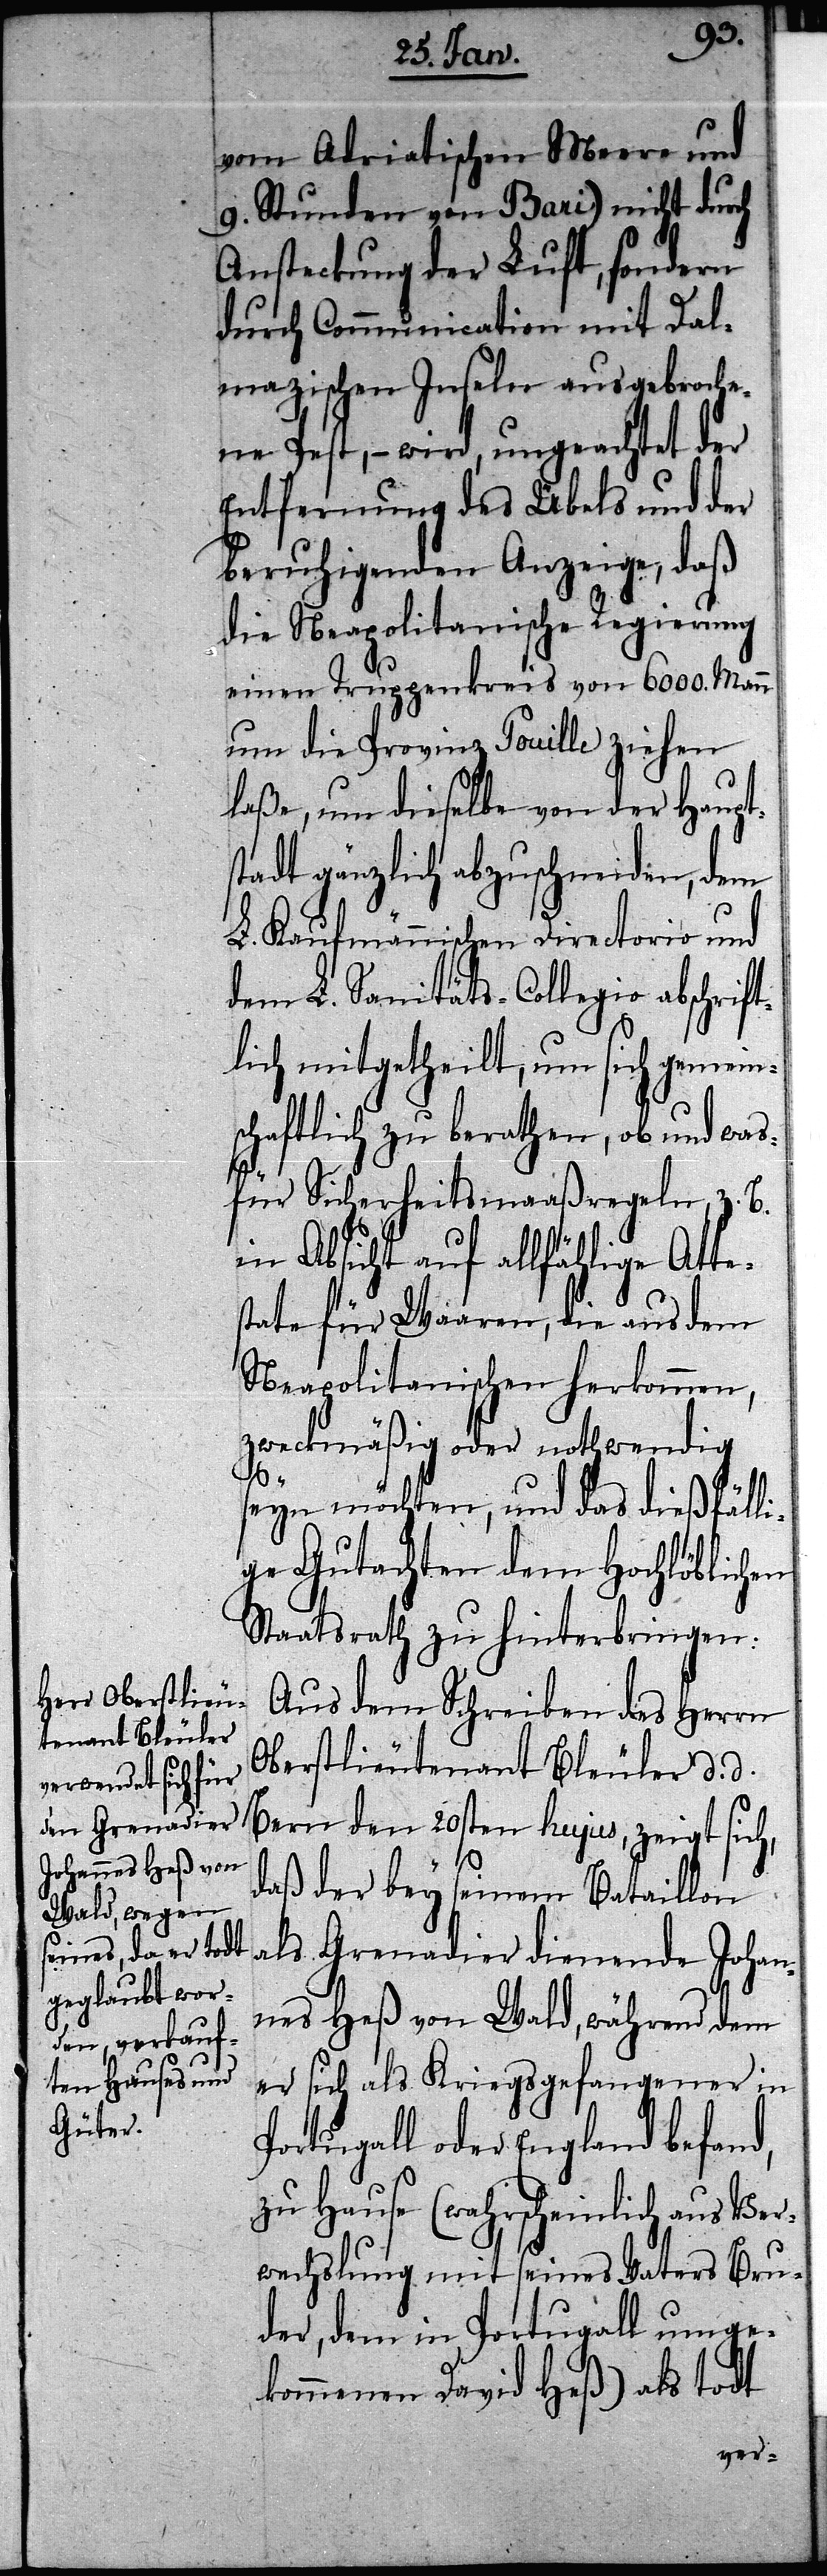
vom Adriatischen Meere und
9. Stunden von Bari) nicht durch
Ansteckung der Luft, sondern
durch Communication mit Dal¬
mazischen Inseln ausgebroche¬
ne Pest, – wird, ungeachtet der
Entfernung des Übels und der
beruhigenden Anzeige, daß
die Neapolitanische Regierung
einen Truppenkreis von 6000. Mann
um die Provinz Pouille ziehen
laße, um dieselbe von der Haupts¬
tadt gänzlich abzuschneiden, dem
L. Kaufmännischen Directorio und
dem L. Sanitäts-Collegio abschrif¬
tlich mitgetheilt, um sich gemein¬
schaftlich zu berathen, ob und was¬
für Sicherheitsmaaßregeln, z. B.
in Absicht auf allfählige At¬
teste für Waaren, die aus dem
Neapolitanischen herkommen,
zweckmäßig oder nothwendig
h,
seyn möchten, und das dießfäll¬
ige Gutachten dem Hochlöblichen
Staatsrath zu hinterbringen.
Aus dem Schreiben des Herrn
Oberstlieutenant Bleuler d. d.
Bern den 20sten hujus, zeigt sic¬
daß der bey seinem Bataillon
als Grenadier dienende Johan¬
nes Heß von Wald, während dem
er sich als Kriegsgefangener in
Portugall oder England befand,
zu Hause (wahrscheinlich aus Ver¬
wechslung mit seines Vaters Bru¬
der, dem in Portugall umge¬
kommenen David Heß) als todt